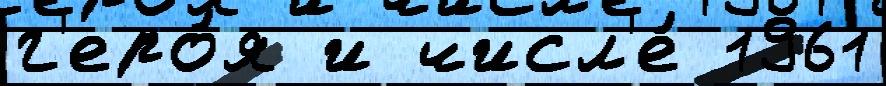
г'еро́я и числ'е́ 1961